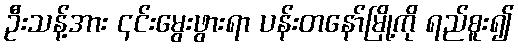
ဦးသန့်အား ၎င်းမွေးဖွားရာ ပန်းတနော်မြို့ကို ရည်စူး၍